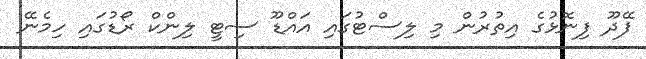
ފޭދޫ ފިނޮޅުގެ އިތުރުން މި ލިސްޓުގައި އައްޑޫ ސިޓީ ލިންކް ރޯޑުގައި ހިމެނޭ